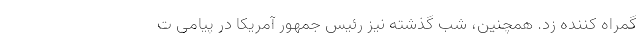
گمراه کننده زد. همچنین، شب گذشته نیز رئیس جمهور آمریکا در پیامی ت